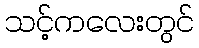
သင့်ကလေးတွင်